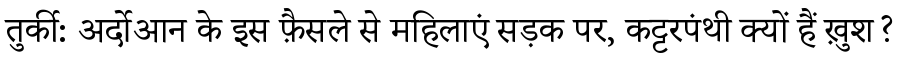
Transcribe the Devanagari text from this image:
तुर्की: अर्दोआन के इस फ़ैसले से महिलाएं सड़क पर, कट्टरपंथी क्यों हैं ख़ुश?